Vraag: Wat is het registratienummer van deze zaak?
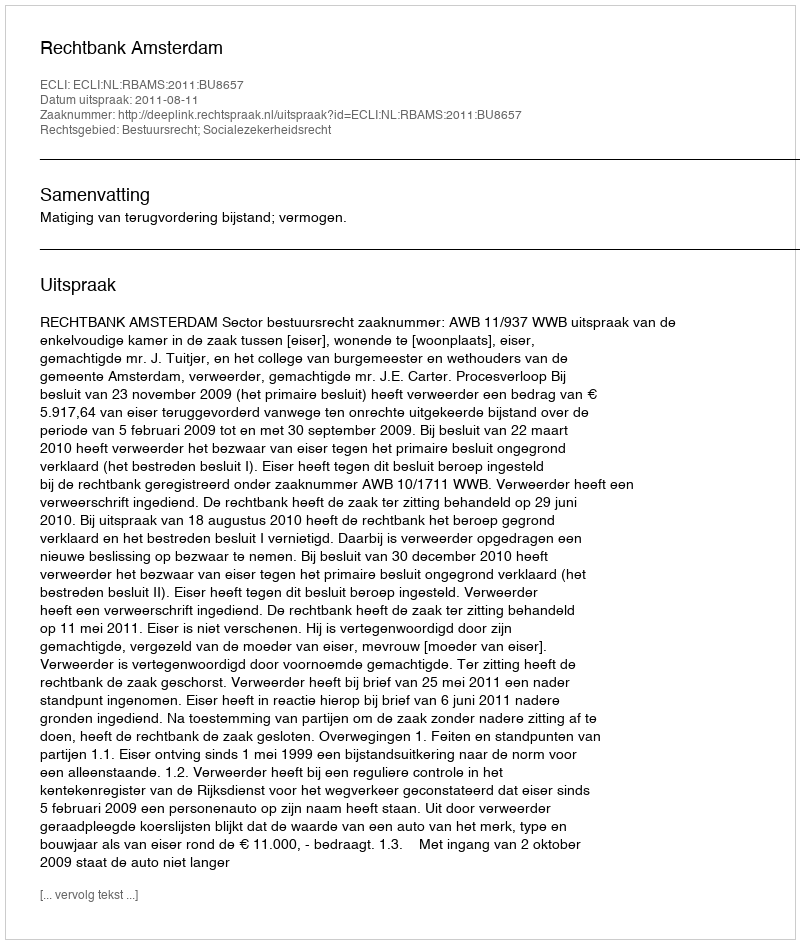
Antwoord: http://deeplink.rechtspraak.nl/uitspraak?id=ECLI:NL:RBAMS:2011:BU8657